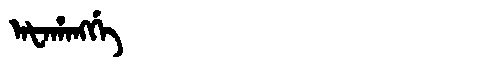
Manchu: ᠠᡶᠠᡥᠠᠩᡤᡝ
Romanization: AFAHANGGE